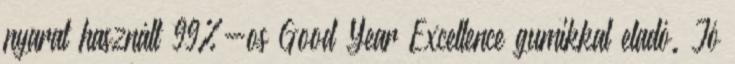
nyarat használt 99%-os Good Year Excellence gumikkal eladó. Jó